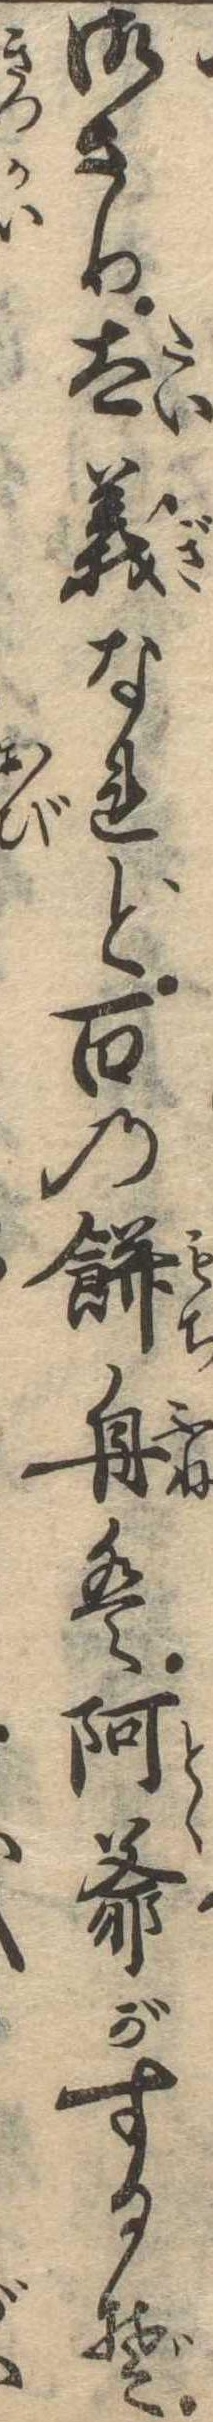
御さり大義なれど百の餅舟は阿爺がするぞ